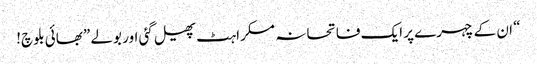
“ ان کے چہرے پر ایک فاتحانہ مسکراہٹ پھیل گئی اور بولے ”بھائی بلوچ!